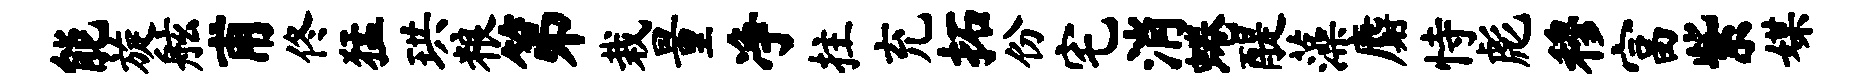
能旋舷甫佟猛珙粮第栽量净拄充拓份宅消蜷醍藻麝恃彪穆富紫媒